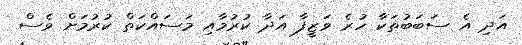
އަދި އެ ސަބަބުތަކާ ހުރެ ވަޒީފާ އަދާ ކުރުމާއި މަސައްކަތް ކުރުމަށް ވެސް